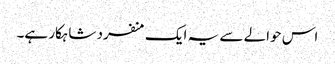
اس حوالے سے یہ ایک منفرد شاہکار ہے۔